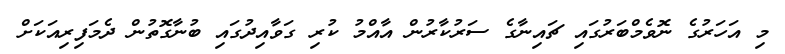
މި އަހަރުގެ ނޮވެމްބަރުގައި ޗައިނާގެ ސަރުކާރުން އާއްމު ކުރި ގަވާއިދުގައި ބުނާގޮތުން ދެމަފިރިއަކަށް